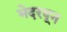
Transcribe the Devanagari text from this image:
भेदरवून